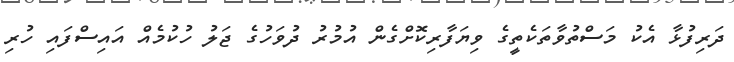
ދަރިފުޅާ އެކު މަސްތުވާތަކެތީގެ ވިޔަފާރިކޮށްގެން އުމުރު ދުވަހުގެ ޖަލު ހުކުމެއް އައިސްފައި ހުރި